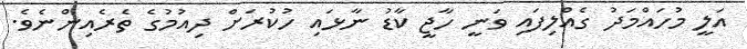
އަލީ މުހައްމަދު ގެއްލިފައި ވަނީ ހާޖީ ކާޑު ނާޅައި ހުކުރަށް ދިއުމުގެ ތެރެއިންނެވެ.